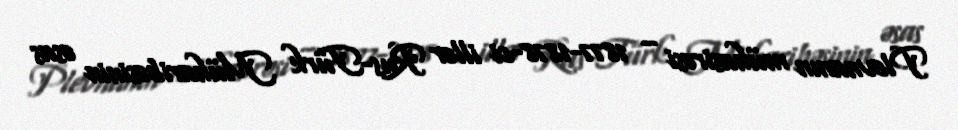
Plevnanın mühasirəsi – 1877-1878-ci illər Rus-Türk Müharibəsinin əsas